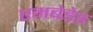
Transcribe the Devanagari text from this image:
एमबेडेड